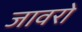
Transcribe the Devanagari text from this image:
जावरो